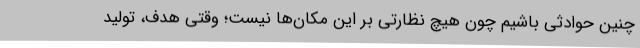
چنین حوادثی باشیم چون هیچ نظارتی بر این مکان‌ها نیست؛ وقتی هدف، تولید